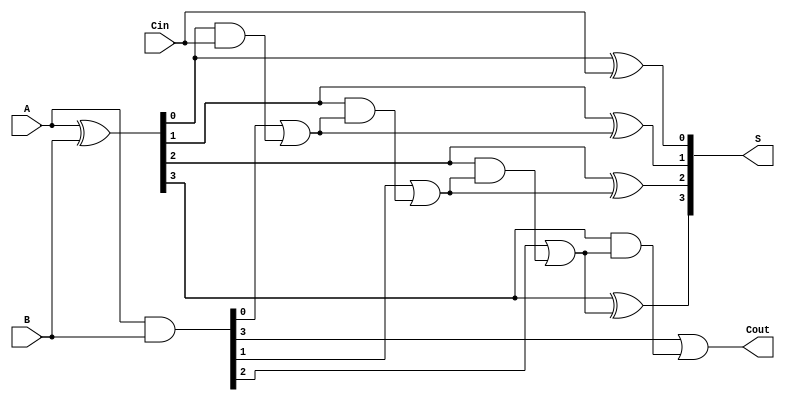
module Sklansky_Adder #(
    parameter N = 4 // Width of binary numbers
) (
    input [N-1:0] A,  // First input operand
    input [N-1:0] B,  // Second input operand
    input Cin,        // Carry-in
    output [N-1:0] S, // Sum output
    output Cout       // Carry-out
);

    // Generate and Propagate signals
    wire [N-1:0] G; // Generate signals
    wire [N-1:0] P; // Propagate signals
    wire [N:0] C;   // Carry signals (C[0] = Cin)

    // Generate and Propagate logic
    assign G = A & B;          // Generate
    assign P = A ^ B;          // Propagate
    assign C[0] = Cin;         // Initial carry-in

    // Carry generation using Sklansky method
    genvar i;
    generate
        // Levels of carry calculations
        for (i = 0; i < N; i = i + 1) begin : carry_gen
            if (i == 0) begin
                assign C[i+1] = G[i] | (P[i] & C[i]);
            end else begin
                assign C[i+1] = G[i] | (P[i] & C[i]);
            end
        end
    endgenerate

    // Sum calculation
    generate
        for (i = 0; i < N; i = i + 1) begin : sum_calc
            assign S[i] = P[i] ^ C[i]; // Sum is calculated using P and C
        end
    endgenerate

    // Carry-out
    assign Cout = C[N]; // Final carry-out

endmodule